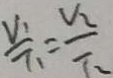
\frac { V _ { 1 } } { T _ { 1 } } = \frac { V _ { 2 } } { T _ { 2 } }